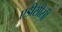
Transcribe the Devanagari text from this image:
एडीसीसी